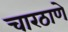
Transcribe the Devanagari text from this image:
चारठाणे